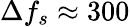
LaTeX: \Delta f_{s}\approx 300